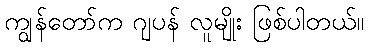
ကျွန်တော်က ဂျပန် လူမျိုး ဖြစ်ပါတယ်။